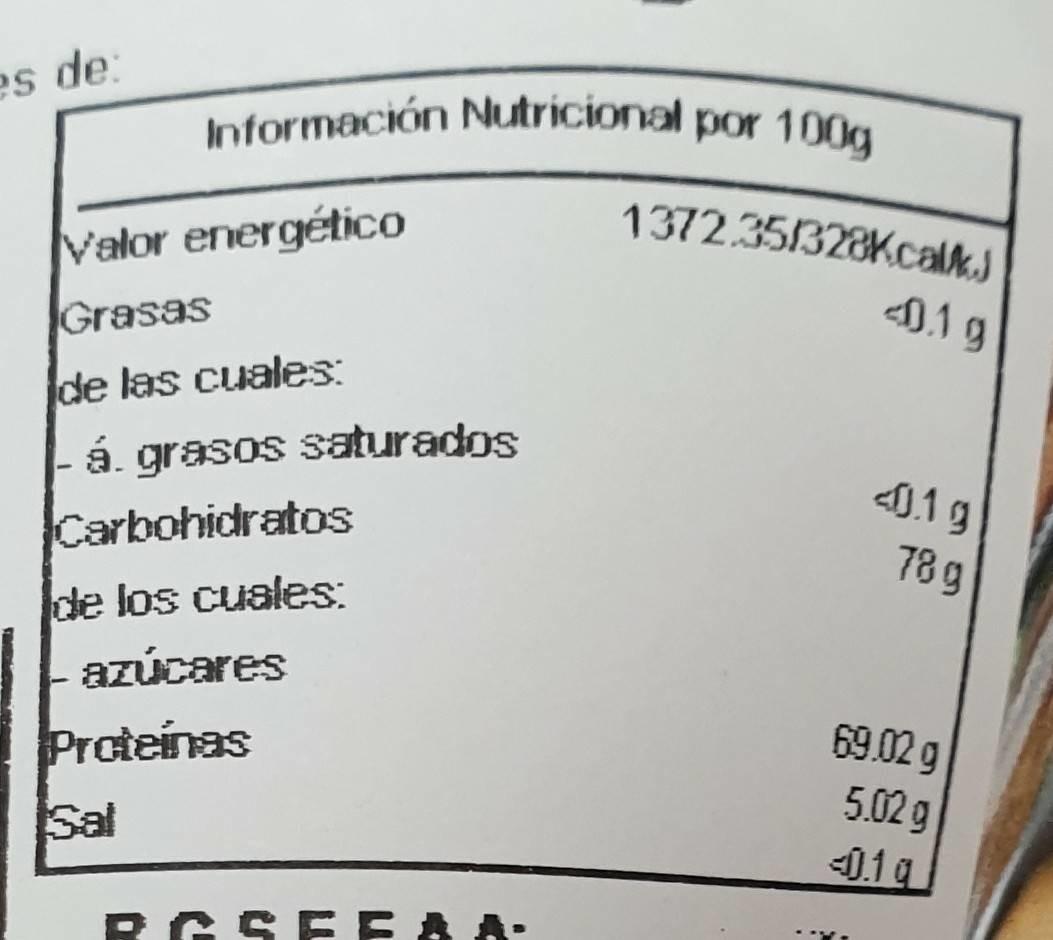
es de: Información Nutricional por 100g 1372.35/328Kcalk.) Valor energético 019 Grasas de las cuales: á. grasos saturados 0.1g Carbohidratos 78 g de los cuales: azúcares 69.02 g 5.02 g -0.1 a Proteinas Sal RG S EEAA